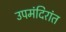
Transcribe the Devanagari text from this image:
उपमंदिरांत